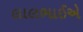
લાલભાઈએ